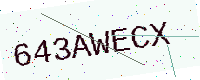
Text: 643AWECX